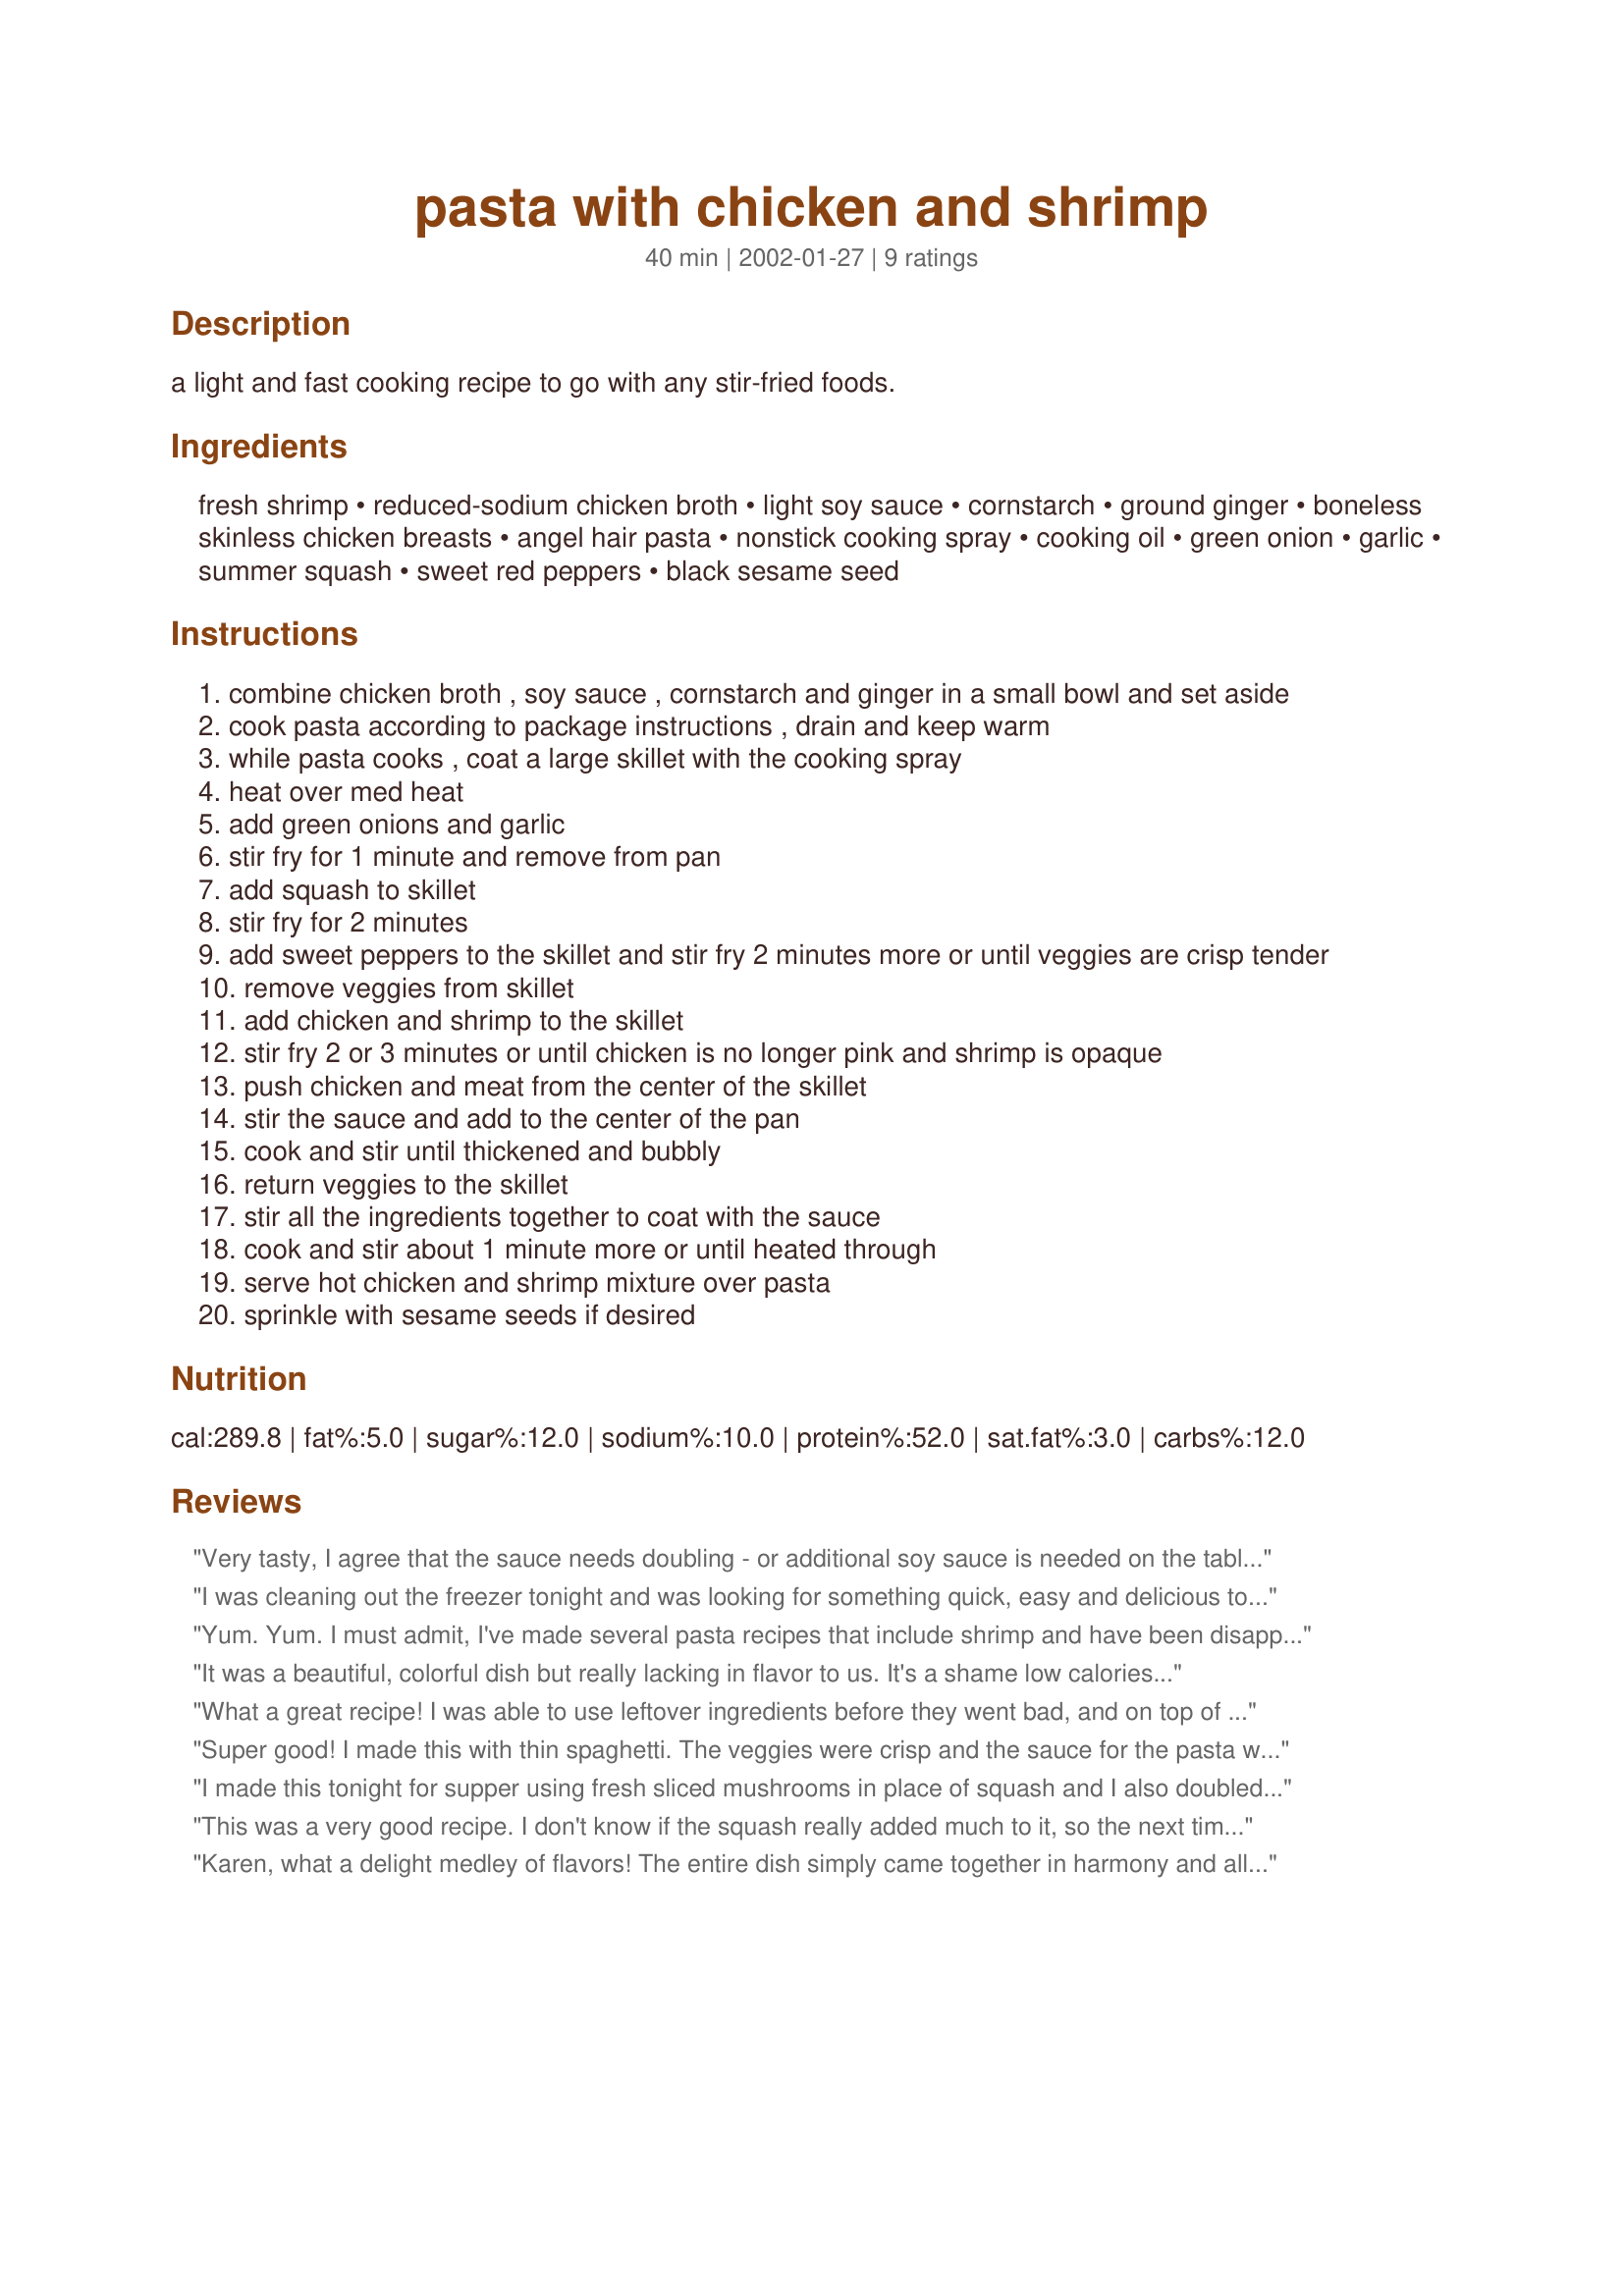
pasta with chicken and shrimp
Preparation time: 40 minutes

a light and fast cooking recipe to go with any stir-fried foods.

Ingredients:
fresh shrimp, reduced-sodium chicken broth, light soy sauce, cornstarch, ground ginger, boneless skinless chicken breasts, angel hair pasta, nonstick cooking spray, cooking oil, green onion, garlic, summer squash, sweet red peppers, black sesame seed

Steps:
combine chicken broth , soy sauce , cornstarch and ginger in a small bowl and set aside
cook pasta according to package instructions , drain and keep warm
while pasta cooks , coat a large skillet with the cooking spray
heat over med heat
add green onions and garlic
stir fry for 1 minute and remove from pan
add squash to skillet
stir fry for 2 minutes
add sweet peppers to the skillet and stir fry 2 minutes more or until veggies are crisp tender
remove veggies from skillet
add chicken and shrimp to the skillet
stir fry 2 or 3 minutes or until chicken is no longer pink and shrimp is opaque
push chicken and meat from the center of the skillet
stir the sauce and add to the center of the pan
cook and stir until thickened and bubbly
return veggies to the skillet
stir all the ingredients together to coat with the sauce
cook and stir about 1 minute more or until heated through
serve hot chicken and shrimp mixture over pasta
sprinkle with sesame seeds if desired

Reviews:
Very tasty, I agree that the sauce needs doubling - or additional soy sauce is needed on the table, as Bev suggested. Believe I'll try some red pepper next time (I like things spicy!)
I was cleaning out the freezer tonight and was looking for something quick, easy and delicious to throw together for dinner with a few pieces of chicken and some shirmp. This was it. Delicious! I used bow tie pasta. I also switched up the veggies to be what I had on hand (onions, green peppers, broccoli). So, I didn't follow the recipe exactly, but I can tell you that the overall flavor of this dish is fantastic! Thanks for sharing!
Yum. Yum. I must admit, I've made several pasta recipes that include shrimp and have been disappointed, and I did not have very high expectations while I was preparing this, but I was proven wrong. This recipe has wonderful flavor. It took me 30 minutes total from start to finish and that includes the prep time. My whole family loved it. My husband had to take it on the run as he was off to a softball game. I got a call a few minutes later from the car and he had to thank me for the great supper! No one (but me) likes squash in my house, but they ate this with no complaints. I used butternut squash and thin spaghetti. This will be a regular at our house. Thanks.
It was a beautiful, colorful dish but really lacking in flavor to us. It's a shame low calories often means low taste.
What a great recipe! I was able to use leftover ingredients before they went bad, and on top of it - it tasted incredible! I don't like peppers, so I threw in some brocolli and sliced mushrooms instead. Everything else I cooked exactly as the recipe called for. This is definitely gonna be on the end of the month menu to use up all the extras I always seem to have lying around. THANX!!
Super good! I made this with thin spaghetti. The veggies were crisp and the sauce for the pasta was excellent. The chicken and shrimp went great together. I used zucchinni and instead of the black sesame seeds I sprinkled the dish with sunflower seeds. After adding the sauce, I thought it was a little too thick, so I would reccommend using 3/4 cup chicken broth. Thanks Karen, we really enjoyed this!!
I made this tonight for supper using fresh sliced mushrooms in place of squash and I also doubled the sauce. It was wonderful! It had alot of flavor and there were not left overs! What a great dish, will definately make it into our regular menu rotation!
This was a very good recipe. I don't know if the squash really added much to it, so the next time I think I will add some snow peas to give it some crunch. I think I will be doing this again, I love to experiment on new recipes! Thanks for posting!!
Karen, what a delight medley of flavors! The entire dish simply came together in harmony and all blended so well together. I made as directed and used olive oil and added one small julienned zucchini. I left the soy sauce on the table for added flavor. The sauce came out perfectly, however, I believe I may double it next time! Wonderful reicpe, Karen! Thank you for the lovely meal!
